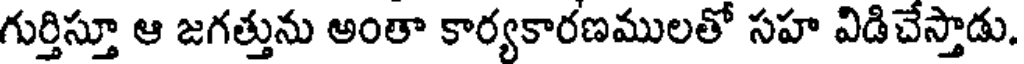
గుర్తిస్తూ ఆ జగత్తును అంతా కార్యకారణములతో సహ విడిచేస్తాడు.